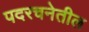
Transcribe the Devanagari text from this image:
पदरचनेतील